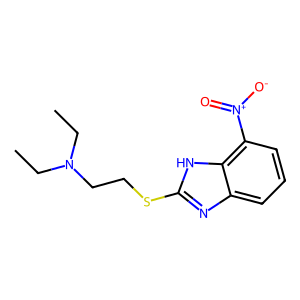
SMILES: CCN(CC)CCSc1nc2cccc([N+](=O)[O-])c2[nH]1
Inhibits HIV replication: No